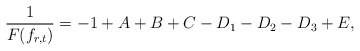
\begin{align*}\frac{1}{F(f_{r,t})}=-1+A+B+C-D_1-D_2-D_3+E,\end{align*}